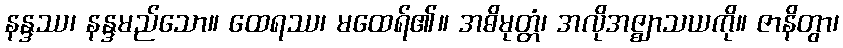
နန္ဒဿ၊ နန္ဒမည်သော။ ထေရဿ၊ မထေရ်၏။ အဓိမုတ္တံ၊ အလိုအဇ္ဈာသယကို။ ဇာနိတွာ၊